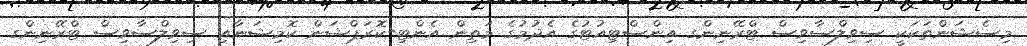
މިސެޝަންތަކަކީ ސިވިލްސާވިސް ޓްރޭނިންގ އިންސްޓިއުޓުގެ އެދުމުގެ މަތިން އެންޓި-ކޮރަޕްޝަން ކޮމިޝަނާއި ސިވިލްސާވިސް ޓްރޭނިންގ